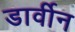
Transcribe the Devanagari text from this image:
डार्वीन